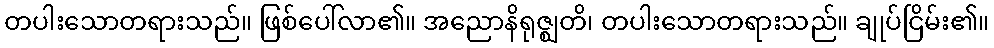
တပါးသောတရားသည်။ ဖြစ်ပေါ်လာ၏။ အညောနိရုဇ္ဈတိ၊ တပါးသောတရားသည်။ ချုပ်ငြိမ်း၏။